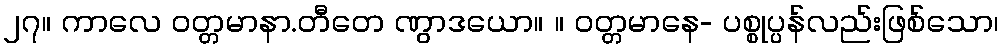
၂၇။ ကာလေ ဝတ္တမာနာ.တီတေ ဏွာဒယော။ ။ ဝတ္တမာနေ- ပစ္စုပ္ပန်လည်းဖြစ်သော၊